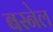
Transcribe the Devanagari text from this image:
बस्नेल